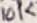
Text: 10K